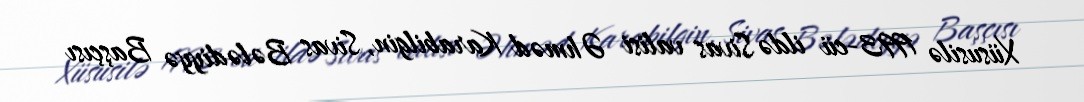
Xüsusilə 1993-cü ildə Sivas valisi Əhməd Karabilgin, Sivas Bələdiyyə Başçısı